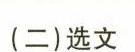
（二）选文